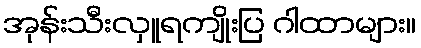
အုန်းသီးလှူရကျိုးပြ ဂါထာများ။